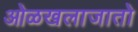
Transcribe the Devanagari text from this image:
ओळखलाजातो